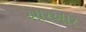
આરઆર